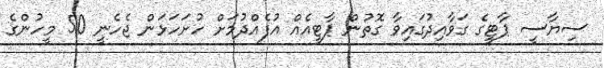
ސިޔާސީ ޕާޓީގެ ގަވާއިދުގައިވާ ގޮތުން ޕާޓީއެއް އުފެއްދުމަށް ހުށަހަޅަން ޖެހެނީ 50 މީހުންގެ